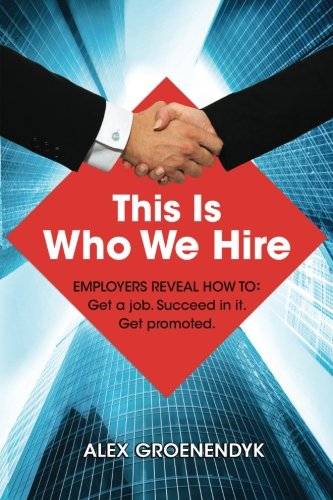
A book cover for This is Who We Hire: How to get a job, succeed in it, and get promoted.; Alex Groenendyk; Business & Money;